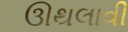
ઊથલાવી